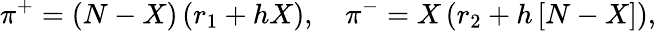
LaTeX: \pi^{+}=\left(N-X\right)\left(r_{1}+hX\right),\quad\pi^{-}=X\left(r_{2}+h\left[N-X\right]\right),